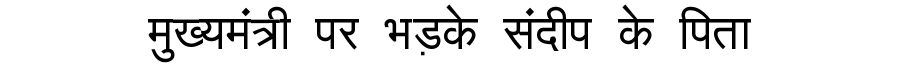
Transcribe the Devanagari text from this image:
मुख्यमंत्री पर भड़के संदीप के पिता